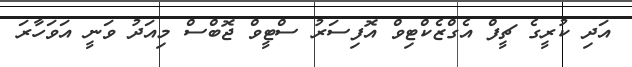
އަދި ކުރީގެ ޗީފް އެގްޒެކްޓިވް އޮފިސަރު ސްޓީވް ޖޮބްސް މިއަދު ވަނީ އަވަހާރަ